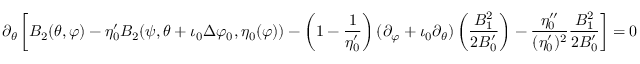
\partial _ { \theta } \left[ B _ { 2 } ( \theta , \varphi ) - \eta _ { 0 } ^ { \prime } B _ { 2 } ( \psi , \theta + \iota _ { 0 } \Delta \varphi _ { 0 } , \eta _ { 0 } ( \varphi ) ) - \left( 1 - \frac { 1 } { \eta _ { 0 } ^ { \prime } } \right) ( \partial _ { \varphi } + \iota _ { 0 } \partial _ { \theta } ) \left( \frac { B _ { 1 } ^ { 2 } } { 2 B _ { 0 } ^ { \prime } } \right) - \frac { \eta _ { 0 } ^ { \prime \prime } } { ( \eta _ { 0 } ^ { \prime } ) ^ { 2 } } \frac { B _ { 1 } ^ { 2 } } { 2 B _ { 0 } ^ { \prime } } \right] = 0